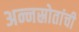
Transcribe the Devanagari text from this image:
अन्नस्रोतांची